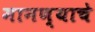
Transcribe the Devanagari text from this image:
मानण्याचे